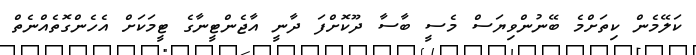
ކަލޭމެން ކިތަށްމެ ބޭނުންވިޔަސް މެސީ ބާސާ ދޫކޮށްފަ ދާނީ އާޖެންޓީނާގެ ޓީމަކަށް އެހެންގޮތެއްނެތް